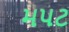
મપટ